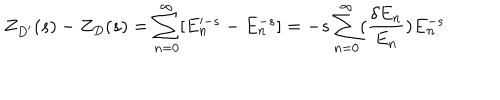
Z _ { D ^ { \prime } } ( s ) - Z _ { D } ( s ) = \sum _ { n = 0 } ^ { \infty } [ E _ { n } ^ { - s } - E _ { n } ^ { - s } ] = - s \sum _ { n = 0 } ^ { \infty } ( { \frac { \delta E _ { n } } { E _ { n } } } ) E _ { n } ^ { - s }